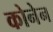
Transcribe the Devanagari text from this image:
कोनेन